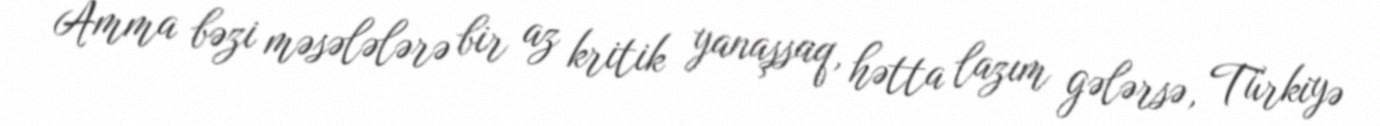
Amma bəzi məsələlərə bir az kritik yanaşsaq, hətta lazım gələrsə, Türkiyə